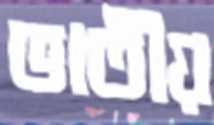
ভাতীয়